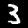
Digit: 3